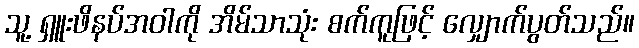
သူ့ ရှူးဖိနပ်အဝါကို အိမ်သာသုံး စက်ကူဖြင့် လျှောက်ပွတ်သည်။